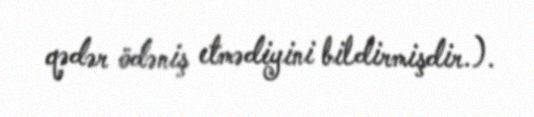
qədər ödəniş etmədiyini bildirmişdir.).